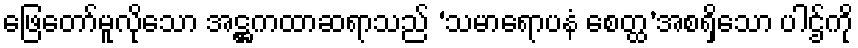
ဖြေတော်မူလိုသော အဋ္ဌကထာဆရာသည် ‘သမာရောပနံ စေတ္ထ’အစရှိသော ပါဌ်ကို